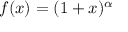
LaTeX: f ( x ) = ( 1 + x ) ^ { \alpha }